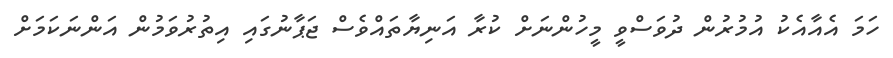
ހަމަ އެއާއެކު އުމުރުން ދުވަސްވީ މީހުންނަށް ކުރާ އަނިޔާތައްވެސް ޖަޕާނުގައި އިތުރުވަމުން އަންނަކަމަށް